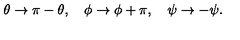
\theta \to \pi - \theta , \quad \phi \to \phi + \pi , \quad \psi \to - \psi .